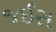
જઈસ